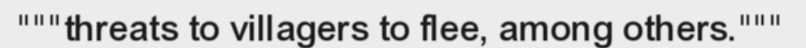
"""threats to villagers to flee, among others."""